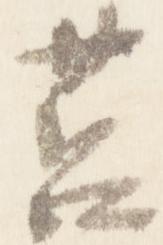
筥